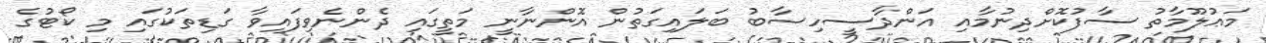
މަޢުލޫމާތު ސާފުކޮށްދިނުމާއި އަންދާސީހިސާބު ބަލައިގަތުން އޮންނާނީ މަތީގައި ދެންނެވިފައިވާ ގަޑިތަކުގައި މި ކޯޓުގެ